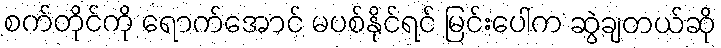
စက်တိုင်ကို ရောက်အောင် မပစ်နိုင်ရင် မြင်းပေါ်က ဆွဲချတယ်ဆို